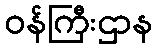
ဝန်ကြီးဌာန